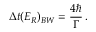
\Delta t ( E _ { R } ) _ { B W } = { \frac { 4 \hbar } { \Gamma } } \, .